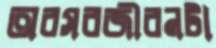
অবসরজীবনটা